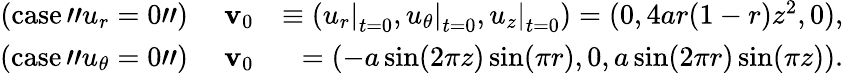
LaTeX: \begin{array}{rlr}{\mathrm{(case\, "}u_{r}=0\mathrm{")}}&{\; \mathbf{v}_{0}}&{\equiv(\left.u_{r}\right|_{t=0},\left.u_{\theta}\right|_{t=0},\left.u_{z}\right|_{t=0})=(0,4ar(1-r)z^{2},0),}\\ {\mathrm{(case\, "}u_{\theta}=0\mathrm{")}}&{\; \mathbf{v}_{0}}&{=(-a\sin(2\pi z)\sin(\pi r),0,a\sin(2\pi r)\sin(\pi z)).}\end{array}